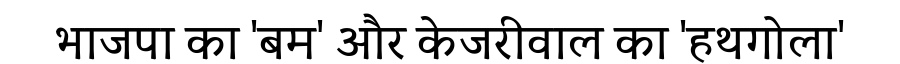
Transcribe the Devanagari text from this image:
भाजपा का 'बम' और केजरीवाल का 'हथगोला'